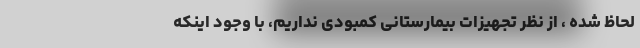
لحاظ شده ، از نظر تجهیزات بیمارستانی کمبودی نداریم، با وجود اینکه